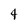
Character: t